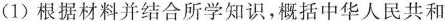
(1)根据材料并结合所学知识，概括中华人民共和